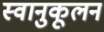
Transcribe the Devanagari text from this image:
स्वानुकूलन